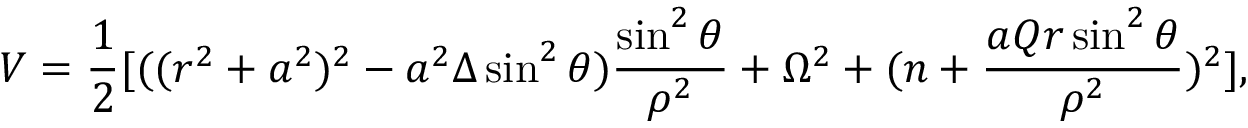
V = \frac { 1 } { 2 } [ ( ( r ^ { 2 } + a ^ { 2 } ) ^ { 2 } - a ^ { 2 } \Delta \sin ^ { 2 } \theta ) \frac { \sin ^ { 2 } \theta } { \rho ^ { 2 } } + \Omega ^ { 2 } + ( n + \frac { a Q r \sin ^ { 2 } \theta } { \rho ^ { 2 } } ) ^ { 2 } ] ,